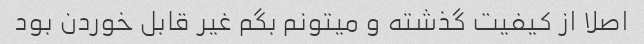
اصلا از کیفیت گذشته و میتونم بگم غیر قابل خوردن بود